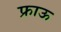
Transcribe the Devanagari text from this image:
फ्राऊ